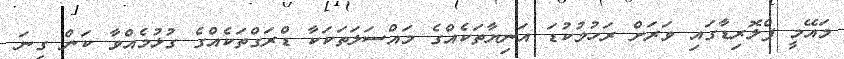
މައޭމީ ފްލޮރިޑާގައި ވަރަށް ރަހުމުކުޑަ އަނިޔާތަކެއްގެ މައްސަލަތަކަކާ ޑްރަގްތަކެއްގެ ގުޅުމެއްވާ ކަން ގިނަ